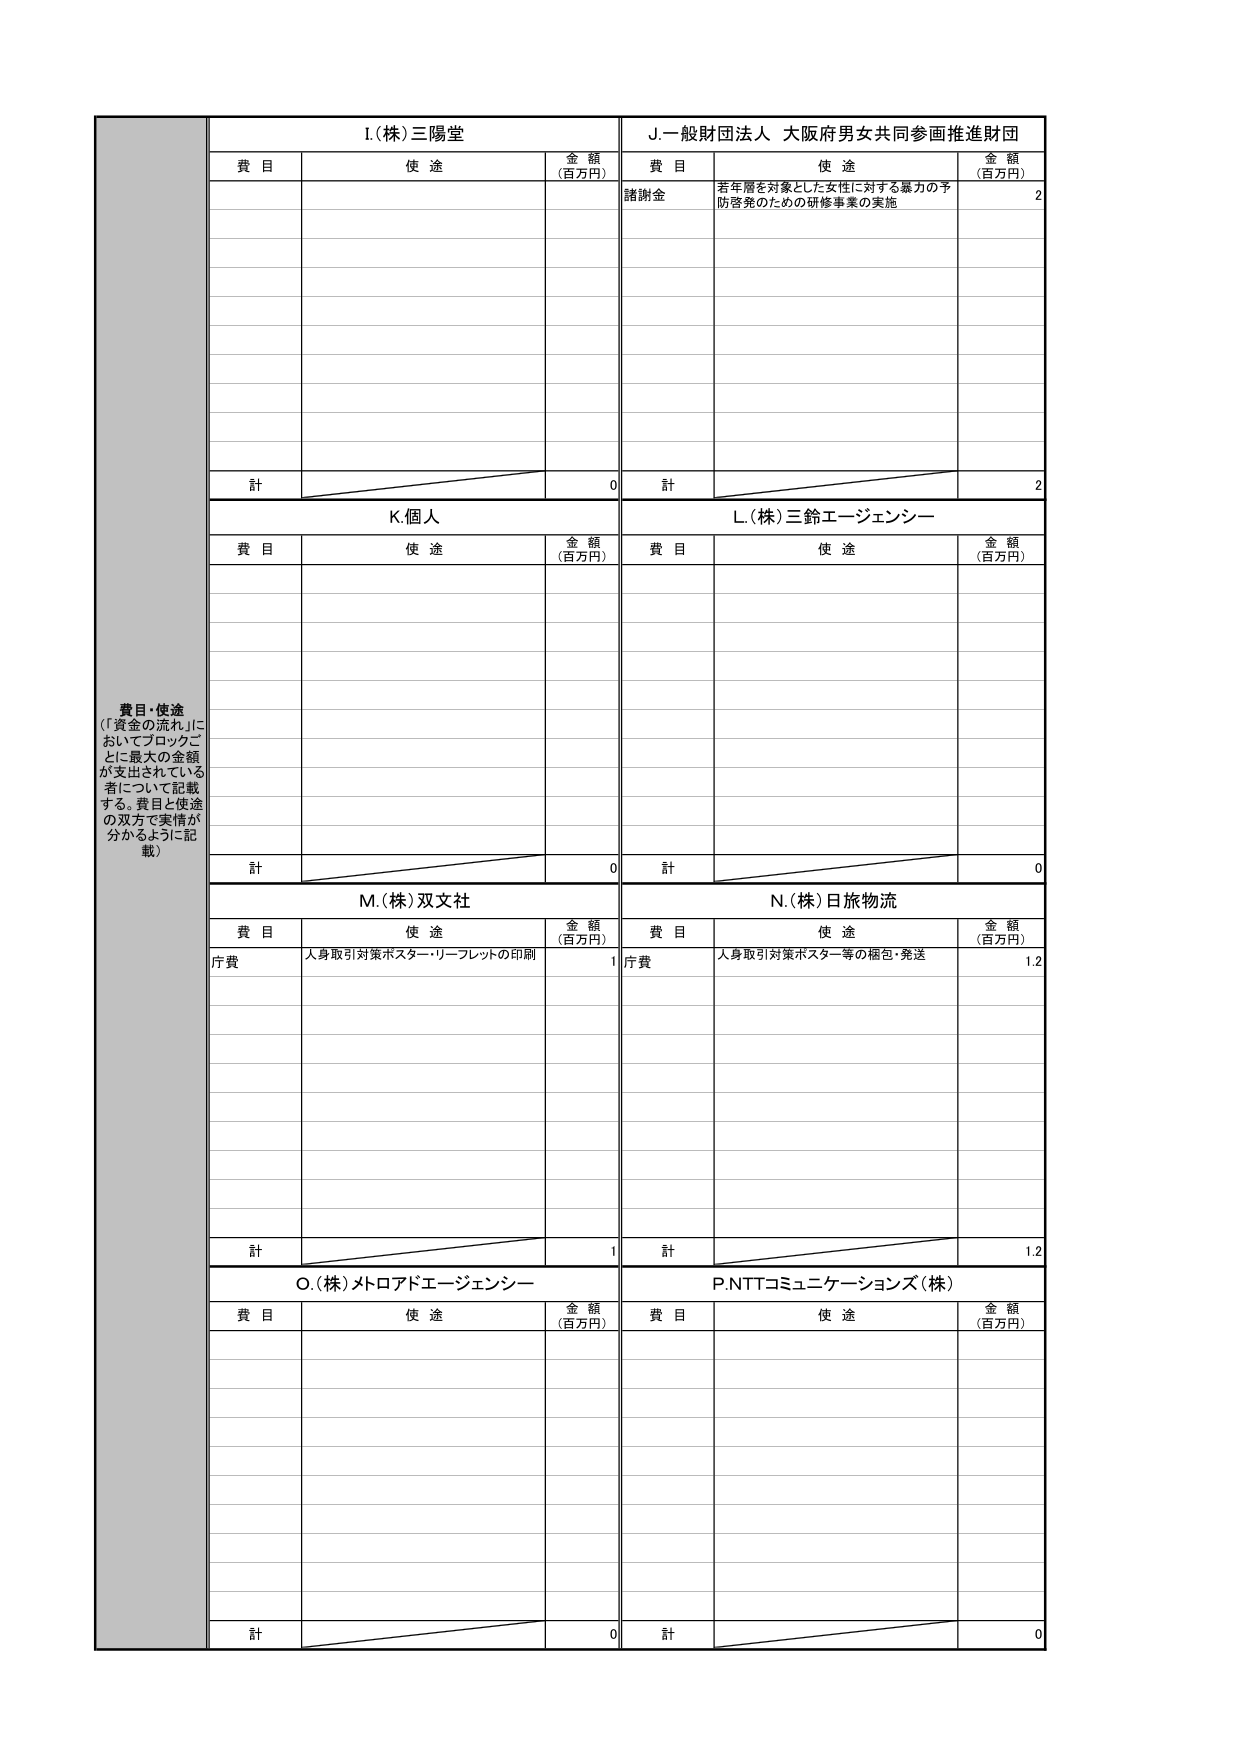
費目・使途
（「資金の流れ」においてブロックごとに最大の金額が支出されている者について記載する。費目と使途の双方で実情が分かるように記載）

I.（株）三陽堂
費目　　使途　　金額（百万円）

J.一般財団法人 大阪府男女共同参画推進財団
費目　　使途　　金額（百万円）
諸謝金　　若年層を対象とした女性に対する暴力の予防啓発のための研修事業の実施　　2

計　　0
計　　2

K.個人
費目　　使途　　金額（百万円）

L.（株）三鈴エージェンシー
費目　　使途　　金額（百万円）

計　　0
計　　0

M.（株）双文社
費目　　使途　　金額（百万円）
庁費　　人身取引対策ポスターリーフレットの印刷　　1

N.（株）日旅物流
費目　　使途　　金額（百万円）
庁費　　人身取引対策ポスター等の梱包・発送　　1.2

計　　1
計　　1.2

O.（株）メトロアドエージェンシー
費目　　使途　　金額（百万円）

P.NTTコミュニケーションズ（株）
費目　　使途　　金額（百万円）

計　　0
計　　0